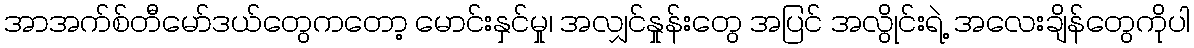
အာအက်စ်တီမော်ဒယ်တွေကတော့ မောင်းနှင်မှု၊ အလျှင်နှုန်းတွေ အပြင် အလွိုင်းရဲ့ အလေးချိန်တွေကိုပါ